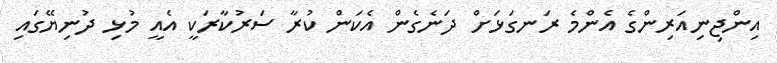
އިންޖިނިއަރިންގެ އެންމެ ރަނގަޅަށް ދަނެގެން އެކަން ކުރާ ސަރުކާރަކީ އެއީ މުޅި ދުނިޔޭގައި